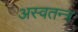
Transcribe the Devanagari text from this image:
अस्वतन्त्र